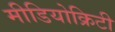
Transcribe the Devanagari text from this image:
मीडियोक्रिटी